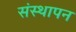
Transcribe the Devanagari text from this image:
संस्‍थापन